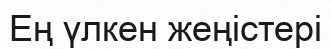
Ең үлкен жеңістері